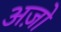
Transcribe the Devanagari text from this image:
अज़ो